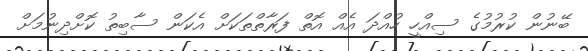
ބޭނުން ކުރުމުގެ ސިއްހީ ހުއްދަ އެއް އޮތް ފަރާތްތަކަށް އެކަން ސާބިތު ކޮށްދިނުމަށް